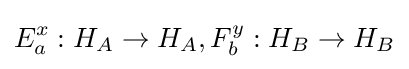
E_{a}^{x}:H_{A}\to H_{A},F_{b}^{y}:H_{B}\to H_{B}